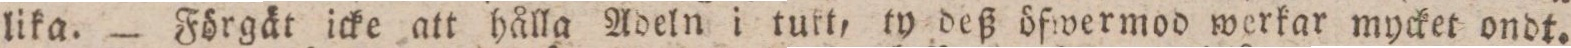
lika. — Förgät icke att hålla Adeln i tukt, ty deß öfwermod werkar mycket ondt.